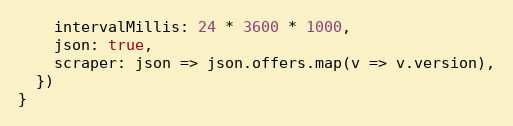
Language: JavaScript
    intervalMillis: 24 * 3600 * 1000,
    json: true,
    scraper: json => json.offers.map(v => v.version),
  })
}